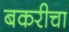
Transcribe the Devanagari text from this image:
बकरीचा